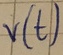
Text: V(t)